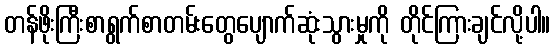
တန်ဖိုးကြီးစာရွက်စာတမ်းတွေပျောက်ဆုံးသွားမှုကို တိုင်ကြားချင်လို့ပါ။